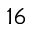
1 6